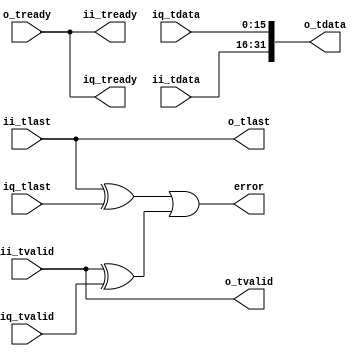

// Copyright 2014, Ettus Research
// Copyright 2018 Ettus Research, a National Instruments Company
//
// SPDX-License-Identifier: LGPL-3.0-or-later

// Module to join a complex stream to I and Q outputs.  NOTE -- ONLY works when you can guarantee upstream paths match!

module join_complex
  #(parameter WIDTH=16)
   (input [WIDTH-1:0] ii_tdata, input ii_tlast, input ii_tvalid, output ii_tready,
    input [WIDTH-1:0] iq_tdata, input iq_tlast, input iq_tvalid, output iq_tready,
    output [WIDTH*2-1:0] o_tdata, output o_tlast, output o_tvalid, input o_tready,
    output error);

   assign o_tdata = {ii_tdata,iq_tdata};

   assign o_tlast = ii_tlast;

   assign o_tvalid = ii_tvalid;

   assign ii_tready = o_tready;
   assign iq_tready = o_tready;

   assign  error = (ii_tlast ^ iq_tlast) | (ii_tvalid ^ iq_tvalid);
      
endmodule // join_complex